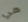
هي